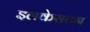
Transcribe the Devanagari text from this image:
इलकेसटन